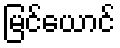
မြင်ယောင်